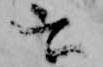
云